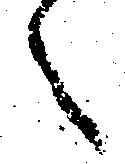
々